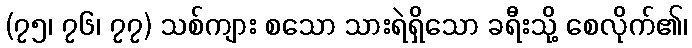
(၇၅၊ ၇၆၊ ၇၇) သစ်ကျား စသော သားရဲရှိသော ခရီးသို့ စေလိုက်၏၊